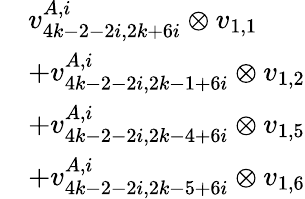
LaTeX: \begin{array}{rl}&{v_{4k-2-2i,2k+6i}^{A,i}\otimes v_{1,1}}\\ &{+v_{4k-2-2i,2k-1+6i}^{A,i}\otimes v_{1,2}}\\ &{+v_{4k-2-2i,2k-4+6i}^{A,i}\otimes v_{1,5}}\\ &{+v_{4k-2-2i,2k-5+6i}^{A,i}\otimes v_{1,6}}\end{array}